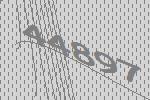
44897